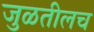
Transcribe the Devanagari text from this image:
जुळतीलच